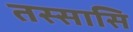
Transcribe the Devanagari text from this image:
तस्सासि